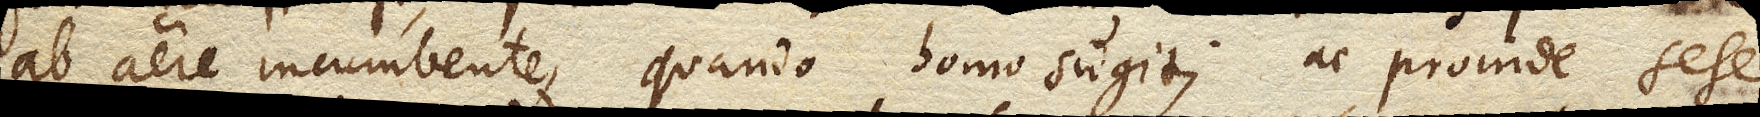
ab aere incumbente, quando homo sugit; ac proinde sese